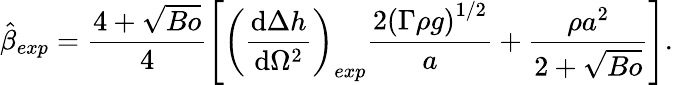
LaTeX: \hat{\beta}_{exp}=\frac{4+\sqrt{Bo}}{4}\left[\left(\frac{\textrm{d}\Delta{h}}{\textrm{d}\Omega^{2}}\right)_{exp}\frac{2\left(\Gamma\rho{g}\right)^{1/2}}{a}+\frac{\rho{a}^{2}}{2+\sqrt{Bo}}\right].